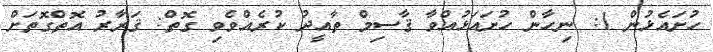
ހުށައެޅުން 1: ނިހާން ހުށައަޅުއްވާ ޤާސިމް ތާއީދު ކުރެއްވެވި ގޮތް: ޤަރާރު އޮތްގޮތަށް